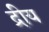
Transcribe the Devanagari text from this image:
द्रीय